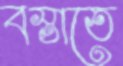
বস্তাতে